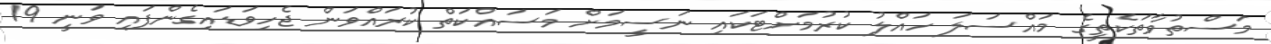
މަސްތުވާތަކެތީގެ މައްސަލަ ހައްލު ކުރުމަށްޓަކައި ނަސީމަށް މަސައްކަތް ކުރައްވަން ޖެހިވަޑައިގެންފައި ވަނީ 19